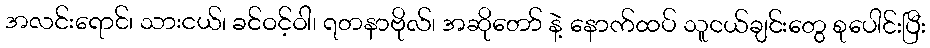
အလင်းရောင်၊ သားငယ်၊ ခင်ဝင့်ဝါ၊ ရတနာဗိုလ်၊ အဆိုတော် နဲ့ နောက်ထပ် သူငယ်ချင်းတွေ စုပေါင်းပြီး